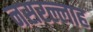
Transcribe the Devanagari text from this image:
नसरल्लाह